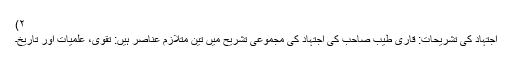
۲)
اجتہاد کی تشریحات: قاری طیب صاحب کی اجتہاد کی مجموعی تشریح میں تین متلازم عناصر ہیں: تقویٰ، علمیات اور تاریخ۔